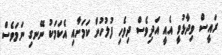
ރައީސް ވިދާޅުވީ އެއީ އަދިވެސް ދިވެހި ފުލުހުން ކަމަށާއި އެކަމަކު ނޭނގި ނަމަވެސް